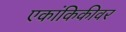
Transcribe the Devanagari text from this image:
एकांकिकीवर